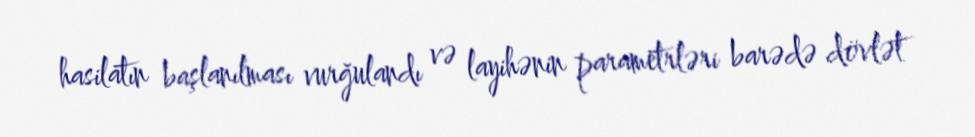
hasilatın başlanılması vurğulandı və layihənin parametrləri barədə dövlət